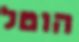
הוטל